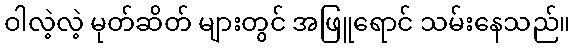
ဝါလဲ့လဲ့ မုတ်ဆိတ် များတွင် အဖြူရောင် သမ်းနေသည်။